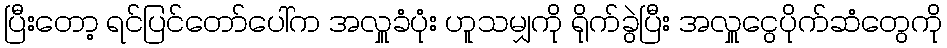
ပြီးတော့ ရင်ပြင်တော်ပေါ်က အလှူခံပုံး ဟူသမျှကို ရိုက်ခွဲပြီး အလှူငွေပိုက်ဆံတွေကို